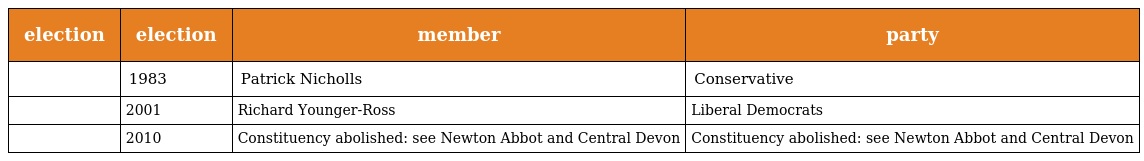
| election | election | member | party |
 | --- | --- | --- | --- |
 |  | 1983 | Patrick Nicholls | Conservative |
 |  | 2001 | Richard Younger-Ross | Liberal Democrats |
 |  | 2010 | Constituency abolished: see Newton Abbot and Central Devon | Constituency abolished: see Newton Abbot and Central Devon |